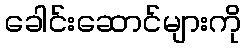
ခေါင်းဆောင်များကို